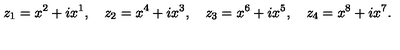
z _ { 1 } = x ^ { 2 } + i x ^ { 1 } , \quad z _ { 2 } = x ^ { 4 } + i x ^ { 3 } , \quad z _ { 3 } = x ^ { 6 } + i x ^ { 5 } , \quad z _ { 4 } = x ^ { 8 } + i x ^ { 7 } .